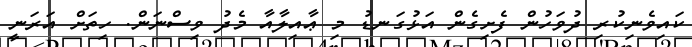
ކައިވެނިކުރި ދުވަހުން ފެށިގެން އަޅުގަނޑު މި ޢާއިލާއާ މެދު ވިސްނަން. ހިތަށް އަރަނީ